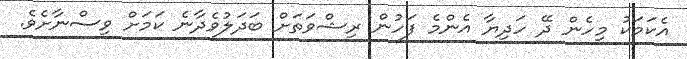
އެކަމަކު މިހެން ދޭ ހަދިޔާ އެންމެ ފަހުން ރިޝްވަތަށް ބަދަލުވެދާނެ ކަމަށް ވިސްނާށެވެ.